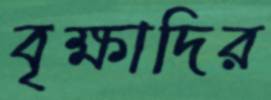
বৃক্ষাদির